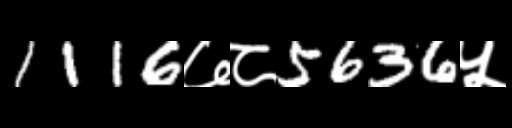
Text: 1116७८5636५